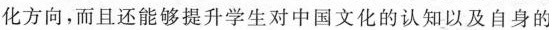
化方向，而且还能够提升学生对中国文化的认知以及自身的